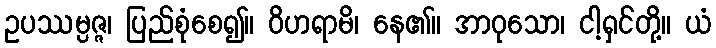
ဥပဿမ္ပဇ္ဇ၊ ပြည်စုံစေ၍။ ဝိဟရာမိ၊ နေ၏။ အာဝုသော၊ ငါ့ရှင်တို့။ ယံ